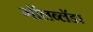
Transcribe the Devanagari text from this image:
गॉलब्लॅडर